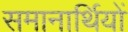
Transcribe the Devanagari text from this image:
समानार्थियों